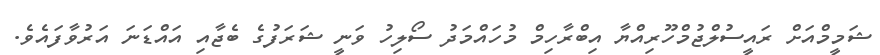
ޝަމީމްއަށް ރައީސުލްޖުމްހޫރިއްޔާ އިބްރާހިމް މުހައްމަދު ސޯލިހު ވަނީ ޝަރަފުގެ ބެޖާއި އައްޑަނަ އަރުވާފައެވެ.